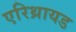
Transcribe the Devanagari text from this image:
एरिथ्रायड